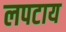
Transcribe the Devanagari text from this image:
लपटाय